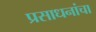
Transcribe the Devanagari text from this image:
प्रसाधनांचा